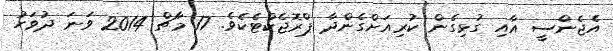
އެޖެންސީ އާއި ގުޅިގެން ކުރިއަށްގެންދާ ޕްރޮޖެކްޓެކެވެ. 17 މާޗް 2014 ވަނަ ދުވަހު